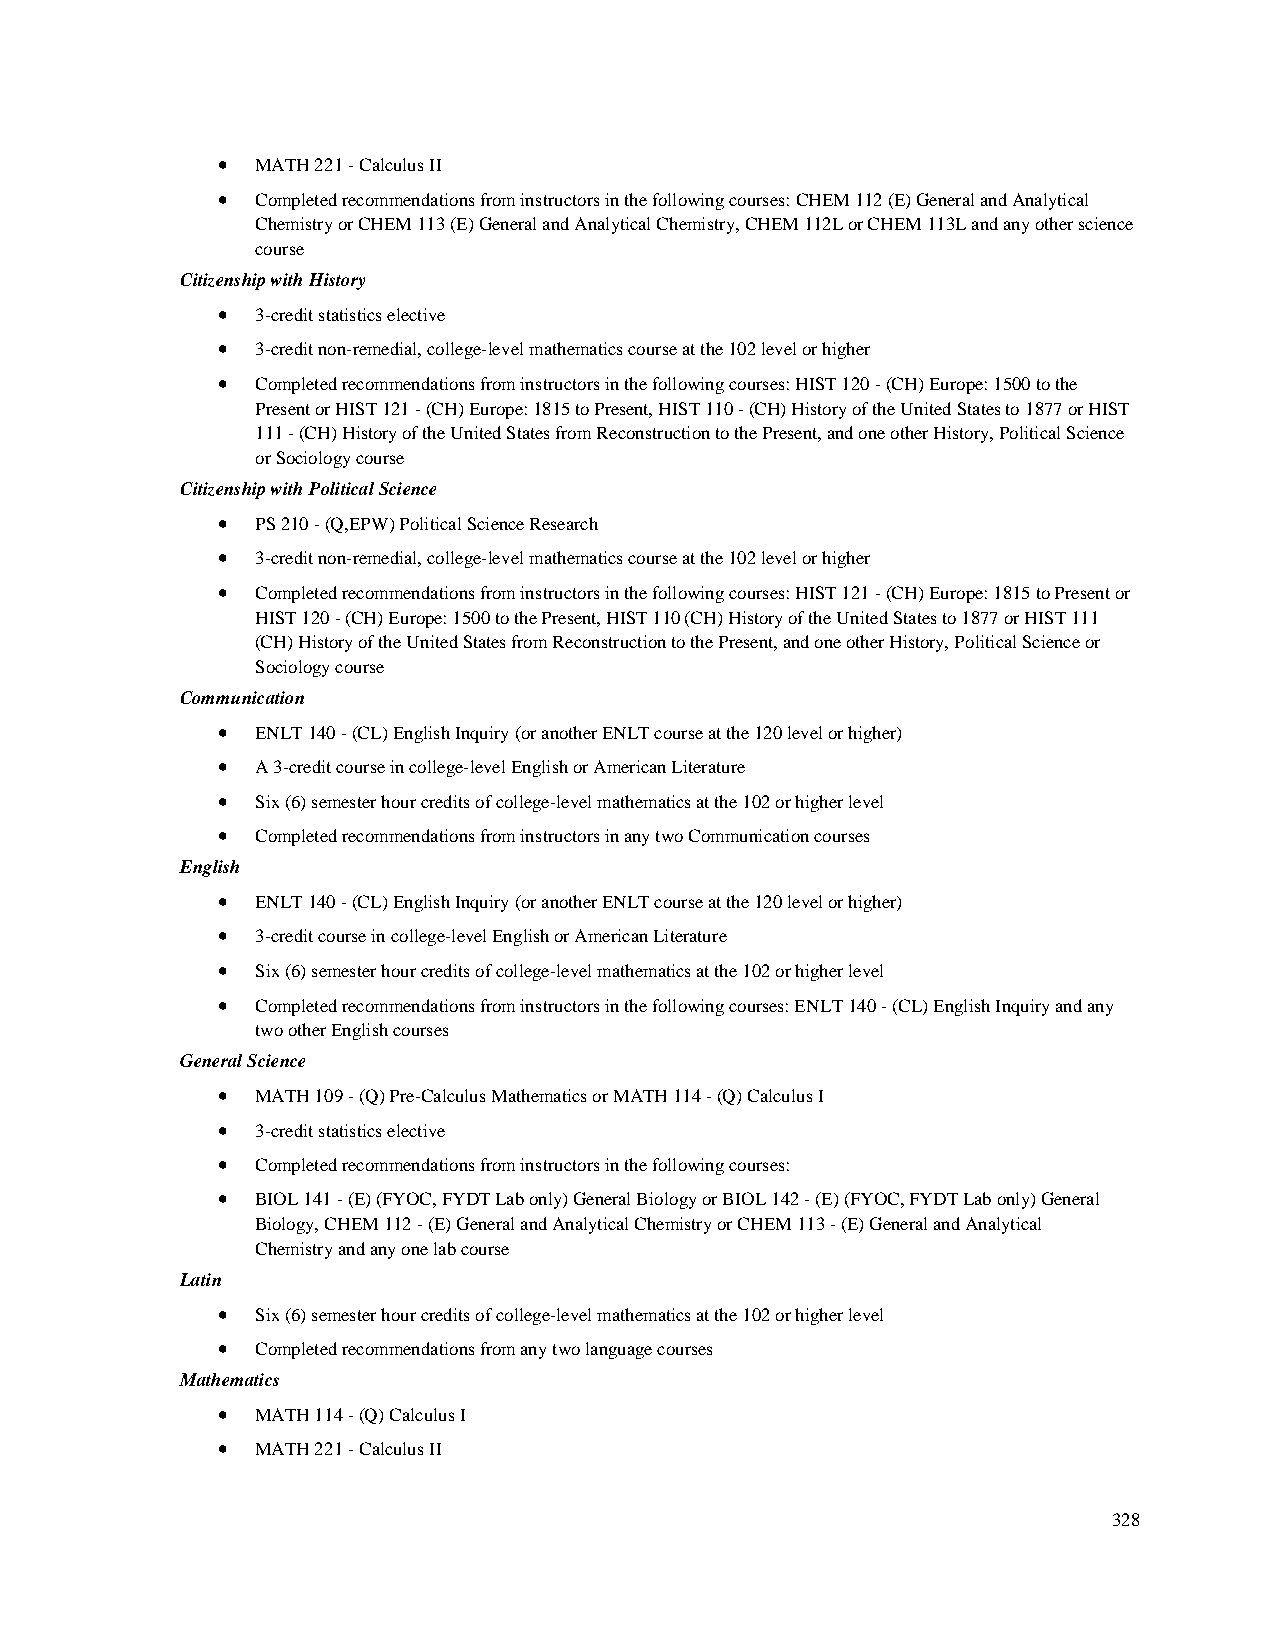
•  MATH 221 - Calculus II
 •  Completed recommendations from instructors in the following courses: CHEM 112 (E) General and Analytical
 Chemistry or CHEM 113 (E) General and Analytical Chemistry, CHEM 112L or CHEM 113L and any other science
 course
 Citizenship with History
 •  3-credit statistics elective
 •  3-credit non-remedial, college-level mathematics course at the 102 level or higher
 •  Completed recommendations from instructors in the following courses: HIST 120 - (CH) Europe: 1500 to the
 Present or HIST 121 - (CH) Europe: 1815 to Present, HIST 110 - (CH) History of the United States to 1877 or HIST
 111 - (CH) History of the United States from Reconstruction to the Present, and one other History, Political Science
 or Sociology course
 Citizenship with Political Science
 •  PS 210 - (Q,EPW) Political Science Research
 •  3-credit non-remedial, college-level mathematics course at the 102 level or higher
 •  Completed recommendations from instructors in the following courses: HIST 121 - (CH) Europe: 1815 to Present or
 HIST 120 - (CH) Europe: 1500 to the Present, HIST 110 (CH) History of the United States to 1877 or HIST 111
 (CH) History of the United States from Reconstruction to the Present, and one other History, Political Science or
 Sociology course
 Communication
 •  ENLT 140 - (CL) English Inquiry (or another ENLT course at the 120 level or higher)
 •  A 3-credit course in college-level English or American Literature
 •  Six (6) semester hour credits of college-level mathematics at the 102 or higher level
 •  Completed recommendations from instructors in any two Communication courses
 English
 •  ENLT 140 - (CL) English Inquiry (or another ENLT course at the 120 level or higher)
 •  3-credit course in college-level English or American Literature
 •  Six (6) semester hour credits of college-level mathematics at the 102 or higher level
 •  Completed recommendations from instructors in the following courses: ENLT 140 - (CL) English Inquiry and any
 two other English courses
 General Science
 •  MATH 109 - (Q) Pre-Calculus Mathematics or MATH 114 - (Q) Calculus I
 •  3-credit statistics elective
 •  Completed recommendations from instructors in the following courses:
 •  BIOL 141 - (E) (FYOC, FYDT Lab only) General Biology or BIOL 142 - (E) (FYOC, FYDT Lab only) General
 Biology, CHEM 112 - (E) General and Analytical Chemistry or CHEM 113 - (E) General and Analytical
 Chemistry and any one lab course
 Latin
 •  Six (6) semester hour credits of college-level mathematics at the 102 or higher level
 •  Completed recommendations from any two language courses
 Mathematics
 •  MATH 114 - (Q) Calculus I
 •  MATH 221 - Calculus II
 328